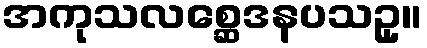
အကုသလစ္ဆေဒနပသဥှ။